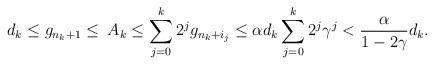
LaTeX: \begin{align*}d_{k}\leq g_{n_{k}+1}\leq \: A_{k}\leq\sum_{j=0}^{k}2^{j}g_{n_{k}+i_{j}}\leq \alpha d_{k}\sum_{j=0}^{k}2^{j}\gamma^{j}<\frac{\alpha }{1-2\gamma }d_{k}. \end{align*}